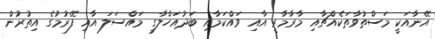
އޭނާއަކީ މަސްތުވާތަކެއްޗާއި މާރާމާރީ އާއި ވައްކަމާއި ބަދުއަހްލާގީ މައްސަލަ އާއި ފޭރުމުގެ އިތުރުން